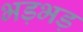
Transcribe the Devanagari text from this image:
भड़भड़